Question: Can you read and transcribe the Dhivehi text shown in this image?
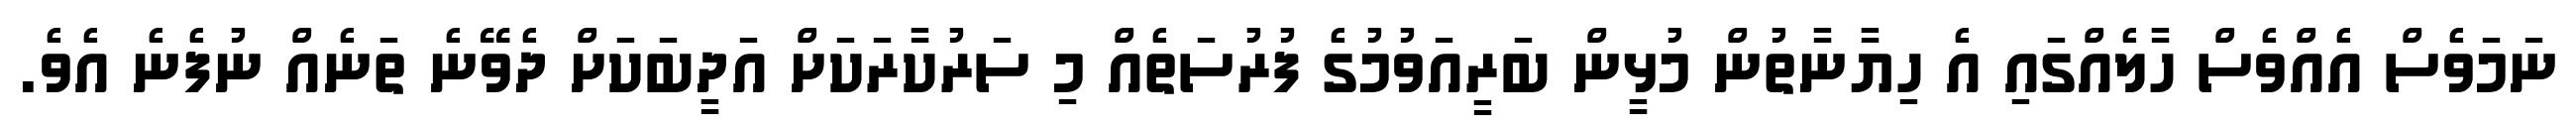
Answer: ނަމަވެސް އެއްވެސް ހާލެއްގައި އެ ހިޔާނާތުން މުޅީން ބަރީއަވުމުގެ ފުރުސަތެއް މި ސަރުކާރަކަށް އަދީބަކަށް ދެވޭނެ ތަނެއް ނުފެނެ އެވެ.